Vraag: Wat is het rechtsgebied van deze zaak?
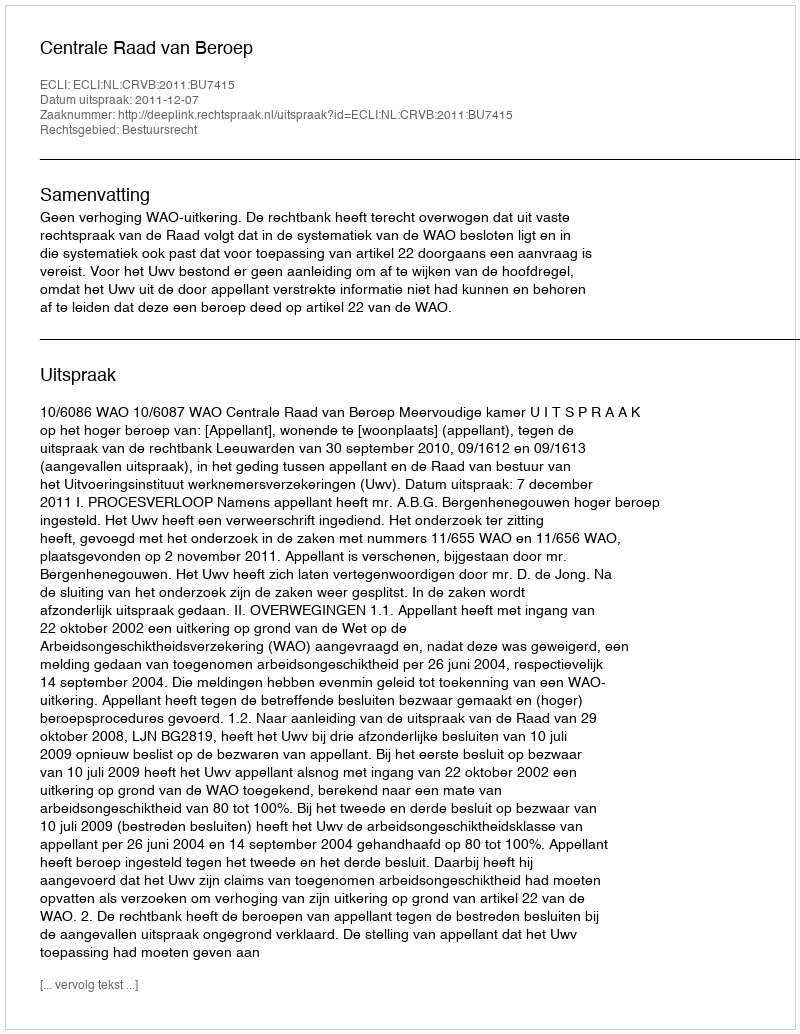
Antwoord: Bestuursrecht